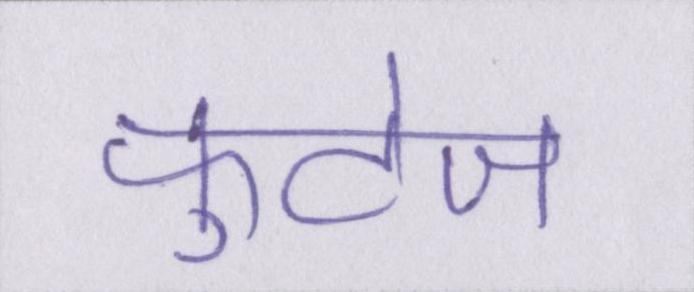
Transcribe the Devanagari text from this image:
फुटेज